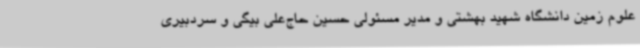
علوم زمین دانشگاه شهید بهشتی و مدیر مسئولی حسین حاج‌علی بیگی و سردبیری